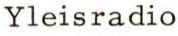
Yleisradio